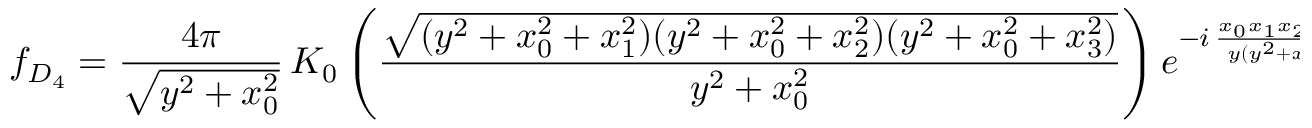
f _ { D _ { 4 } } = \frac { 4 \pi } { \sqrt { y ^ { 2 } + x _ { 0 } ^ { 2 } } } \, K _ { 0 } \left( \frac { \sqrt { ( y ^ { 2 } + x _ { 0 } ^ { 2 } + x _ { 1 } ^ { 2 } ) ( y ^ { 2 } + x _ { 0 } ^ { 2 } + x _ { 2 } ^ { 2 } ) ( y ^ { 2 } + x _ { 0 } ^ { 2 } + x _ { 3 } ^ { 2 } ) } } { y ^ { 2 } + x _ { 0 } ^ { 2 } } \right) e ^ { - i \, \frac { x _ { 0 } x _ { 1 } x _ { 2 } x _ { 3 } } { y ( y ^ { 2 } + x _ { 0 } ^ { 2 } ) } } \, .